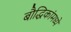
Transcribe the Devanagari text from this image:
बौद्धिकांमध्ये